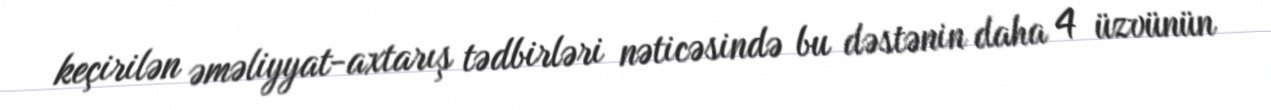
keçirilən əməliyyat-axtarış tədbirləri nəticəsində bu dəstənin daha 4 üzvünün